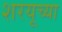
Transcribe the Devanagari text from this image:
शरयूच्या